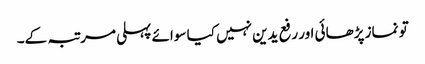
تو نماز پڑھائی اور رفع یدین نہیں کیا سوائے پہلی مرتبہ کے۔